Indian journal of veterinary science and animal husbandry - Volume 2,
Year: 1932
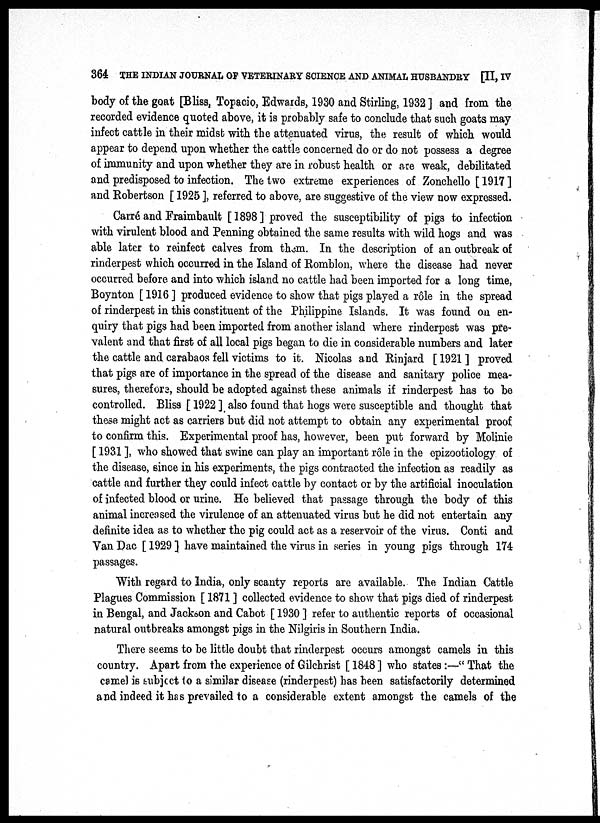
364 THE INDIAN JOURNAL OF VETERINARY SCIENCE AND ANIMAL HUSBANDRY [II, IV
body of the goat [Bliss, Topacio, Edwards, 1930 and Stirling, 1932 ] and from the
recorded evidence quoted above, it is probably safe to conclude that such goats may
infect cattle in their midst with the attenuated virus, the result of which would
appear to depend upon whether the cattle concerned do or do not possess a degree
of immunity and upon whether they are in robust health or are weak, debilitated
and predisposed to infection. The two extreme experiences of Zonchello [ 1917 ]
and Robertson [ 1925 ], referred to above, are suggestive of the view now expressed.
Carré and Fraimbault [1898] proved the susceptibility of pigs to infection
with virulent blood and Penning obtained the same results with wild hogs and was
able later to reinfect calves from them. In the description of an outbreak of
rinderpest which occurred in the Island of Romblon, where the disease had never
occurred before and into which island no cattle had been imported for a long time,
Boynton [ 1916 ] produced evidence to show that pigs played a rôle in the spread
of rinderpest in this constituent of the Philippine Islands. It was found on en-
quiry that pigs had been imported from another island where rinderpest was pre-
valent and that first of all local pigs began to die in considerable numbers and later
the cattle and carabaos fell victims to it. Nicolas and Rinjard [ 1921 ] proved
that pigs are of importance in the spread of the disease and sanitary police mea-
sures, therefore, should be adopted against these animals if rinderpest has to be
controlled. Bliss [ 1922 ] also found that hogs were susceptible and thought that
these might act as carriers but did not attempt to obtain any experimental proof
to confirm this. Experimental proof has, however, been put forward by Molinie
[ 1931 ], who showed that swine can play an important rôle in the epizootiology of
the disease, since in his experiments, the pigs contracted the infection as readily as
cattle and further they could infect cattle by contact or by the artificial inoculation
of infected blood or urine. He believed that passage through the body of this
animal increased the virulence of an attenuated virus but he did not entertain any
definite idea as to whether the pig could act as a reservoir of the virus. Conti and
Van Dac [ 1929 ] have maintained the virus in series in young pigs through 174
passages.
With regard to India, only scanty reports are available. The Indian Cattle
Plagues Commission [ 1871 ] collected evidence to show that pigs died of rinderpest
in Bengal, and Jackson and Cabot [ 1930 ] refer to authentic reports of occasional
natural outbreaks amongst pigs in the Nilgiris in Southern India.
There seems to be little doubt that rinderpest occurs amongst camels in this
country. Apart from the experience of Gilchrist [ 1848 ] who states:—" That the
camel is subject to a similar disease (rinderpest) has been satisfactorily determined
and indeed it has prevailed to a considerable extent amongst the camels of the